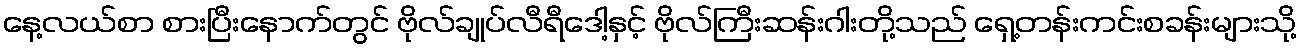
နေ့လယ်စာ စားပြီးနောက်တွင် ဗိုလ်ချုပ်လီရီဒေါ့နှင့် ဗိုလ်ကြီးဆန်းဂါးတို့သည် ရှေ့တန်းကင်းစခန်းများသို့